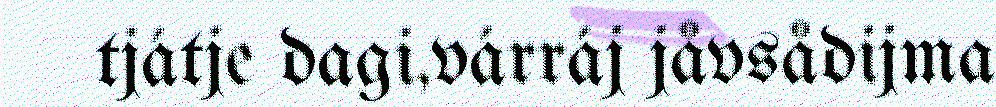
tjátje dagi,várráj jåvsådijma